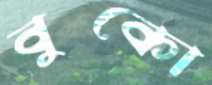
বুকো